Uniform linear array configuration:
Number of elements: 48
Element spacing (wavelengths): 0.75
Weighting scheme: hann
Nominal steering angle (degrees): -30
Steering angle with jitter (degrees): -28.376
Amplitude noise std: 0.05
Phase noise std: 0.05

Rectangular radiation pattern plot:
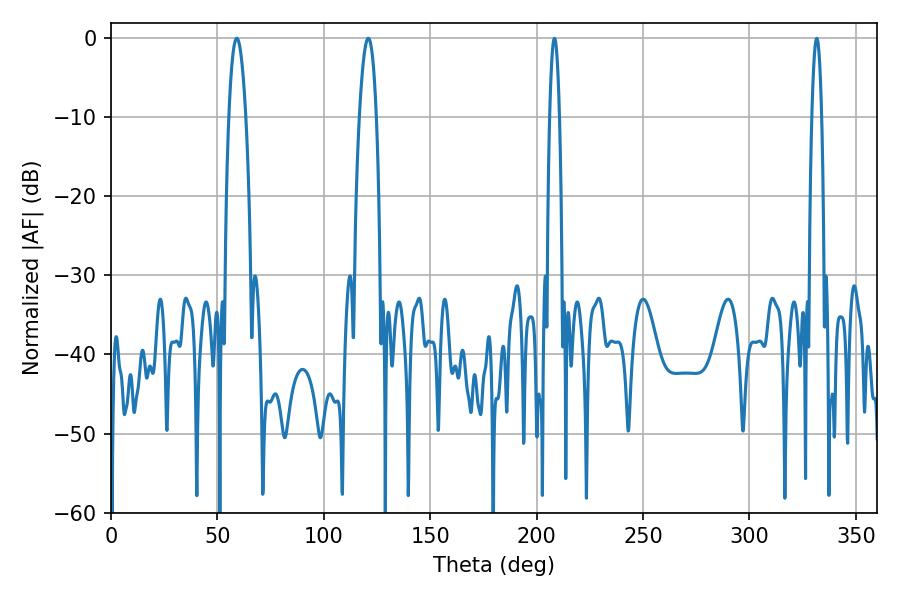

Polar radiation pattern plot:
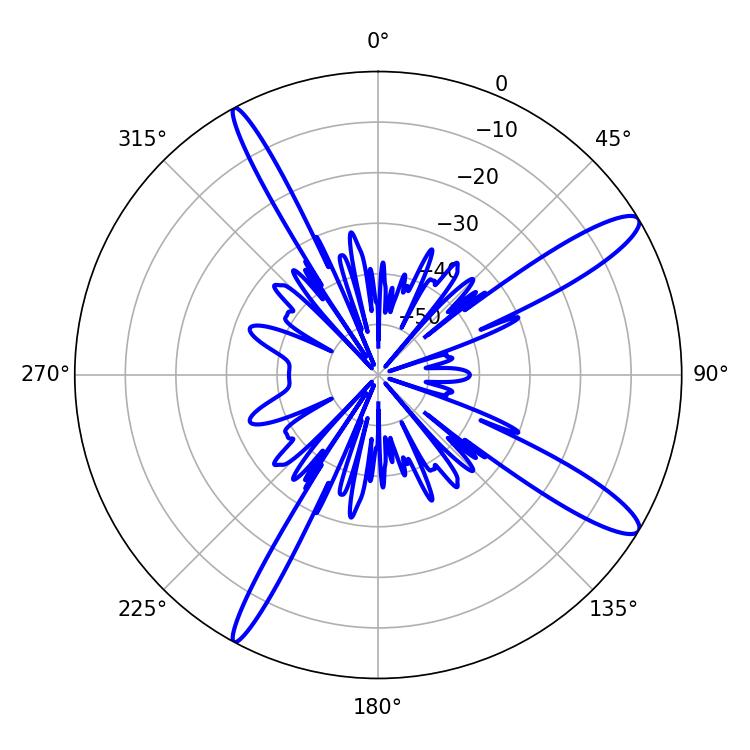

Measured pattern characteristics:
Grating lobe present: TRUE
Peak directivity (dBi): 13.146
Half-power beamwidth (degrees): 4.32
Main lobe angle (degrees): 59.04